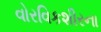
વોરવિકશીરના